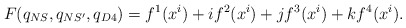
\begin{align*}F(q_{NS},q_{NS'},q_{D4}) = f^1(x^i)+if^2(x^i)+jf^3(x^i)+kf^4(x^i).\end{align*}